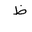
Letter: _za